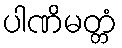
ပါဏိမတ္တံ